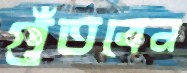
গুঁতবেন